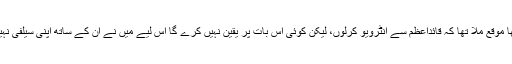
مجھے بڑا اچھا موقع ملا تھا کہ قائداعظم سے انٹرویو کرلوں، لیکن کوئی اس بات پر یقین نہیں کرے گا اس لیے میں نے اُن کے ساتھ اپنی سیلفی نہیں بنوائی، ہاں!